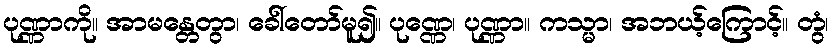
ပုဏ္ဏာကို။ အာမန္တေတွာ၊ ခေါ်တော်မူ၍။ ပုဏ္ဏေ၊ ပုဏ္ဏာ။ ကသ္မာ၊ အဘယ့်ကြောင့်။ တွံ၊